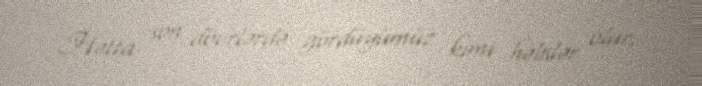
Hətta son dövrlərdə gördüyümüz kimi həbslər olur.